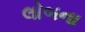
લોબના